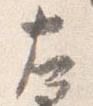
左